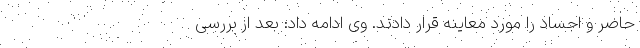
حاضر و اجساد را مورد معاینه قرار دادند. وی ادامه داد: بعد از بررسی